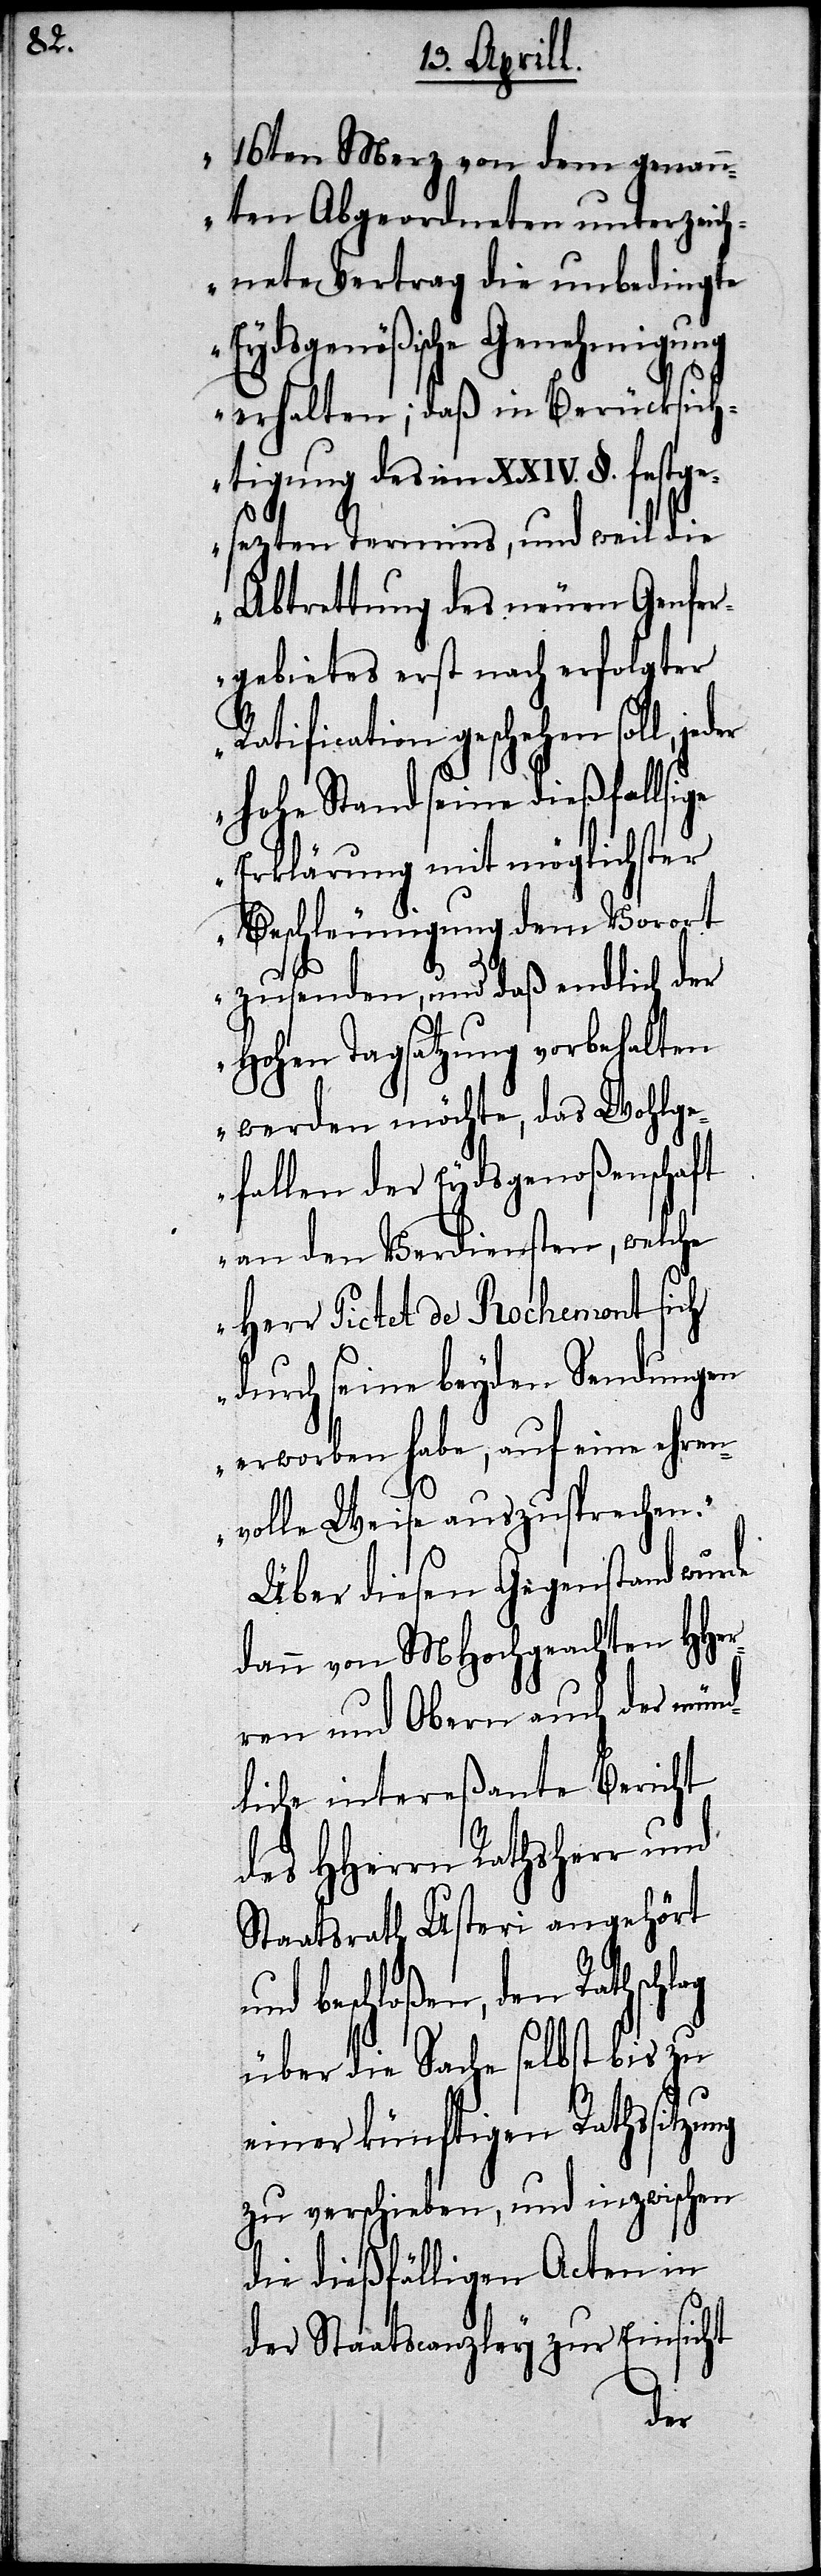
ng

16ten Merz von dem genann¬
ten Abgeordneten unterzeic¬
hnete Vertrag die unbedingte
Eydsgenößische Genehmigung
erhalten; daß in Berücksich¬
tigung des im XXIV. §. festge¬
sezten Termins, und weil die
Abtretung des neuen Genfer¬
gebietes erst nach erfolgter
Ratification geschehen soll,
hohe Stand seine dießfallige
Erklärung mit möglichster
Beschleunigung dem Vorort
zusenden, und daß endlich der
Hohen Tagsatzung vorbehalten
werden möchte, das Wohlge¬
fallen der Eydgenoßenschaft
an den Verdiensten, welche
Herr Pictet de Rochemont sich
durch seine beyden Sendungen
erworben habe, auf eine ehren¬
volle Weise auszusprechen.“
Über diesen Gegenstand wurde
dann von MHochgeachten HHer¬
ren und Obern auch der münd¬
liche intereßante Bericht
des HHerrn Rathsherr und
Staatsrath Usteri angehört
beschloßen, den Rathschlag
über die Sache selbst bis zu
einer künftigen Rathssitzu¬
zu verschieben, und inzwischen
die diesfälligen Acten in
der Staatscanzley zur Einsicht